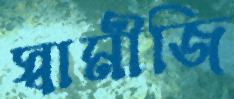
স্বামীজি